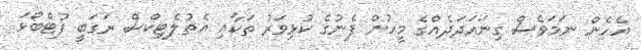
އެހެން ނަމަވެސް ގިނައަދަދެއްގެ މީހުން ފެނުގެ ކުޅިވަރު ތަކާއި އެތުލެޓިކްސް ރަގަބީ ފުޓްބޯޅަ